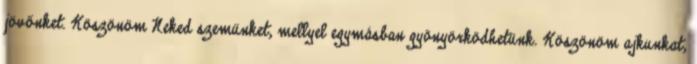
jövőnket. Köszönöm Neked szemünket, mellyel egymásban gyönyörködhetünk. Köszönöm ajkunkat,